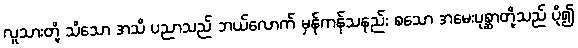
လူသားတို့ သိသော အသိ ပညာသည် ဘယ်လောက် မှန်ကန်သနည်း စသော အမေးပုစ္ဆာတို့သည် ပို၍